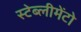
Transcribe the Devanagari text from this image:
स्टेब्लीमेंटो